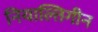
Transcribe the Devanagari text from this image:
नियाल्तिगीन